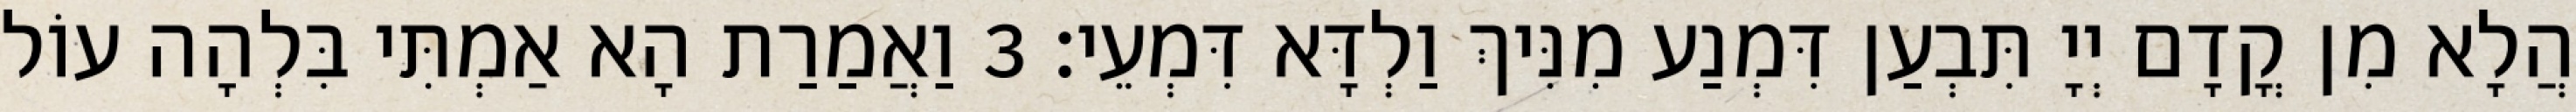
הֲלָא מִן קֳדָם יְיָ תִּבְעַן דִּמְנַע מִנִּיךְ וַלְדָּא דִּמְעֵי׃ 3 וַאֲמַרַת הָא אַמְתִּי בִּלְהָה עוֹל